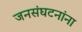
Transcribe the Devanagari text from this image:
जनसंघटनांना